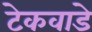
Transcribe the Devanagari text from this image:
टेकवाडे